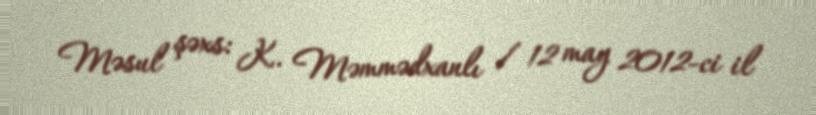
Məsul şəxs: K. Məmmədxanlı / 12 may 2012-ci il